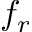
f _ { r }